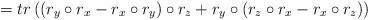
LaTeX: \begin{align*}=tr\left((r_{y}\circ r_{x}-r_{x}\circ r_{y})\circ r_{z}+r_{y}\circ(r_{z}\circ r_{x}-r_{x}\circ r_{z})\right)\end{align*}